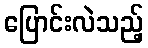
ပြောင်းလဲသည့်